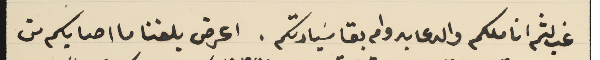
غب لثم اناملكم والدعا بدوام بقا سَيادتكم. اعرض بلغنا ما اصابكم من